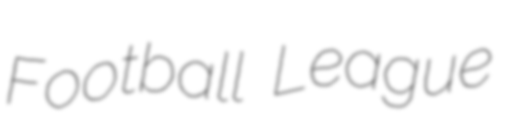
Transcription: Football League